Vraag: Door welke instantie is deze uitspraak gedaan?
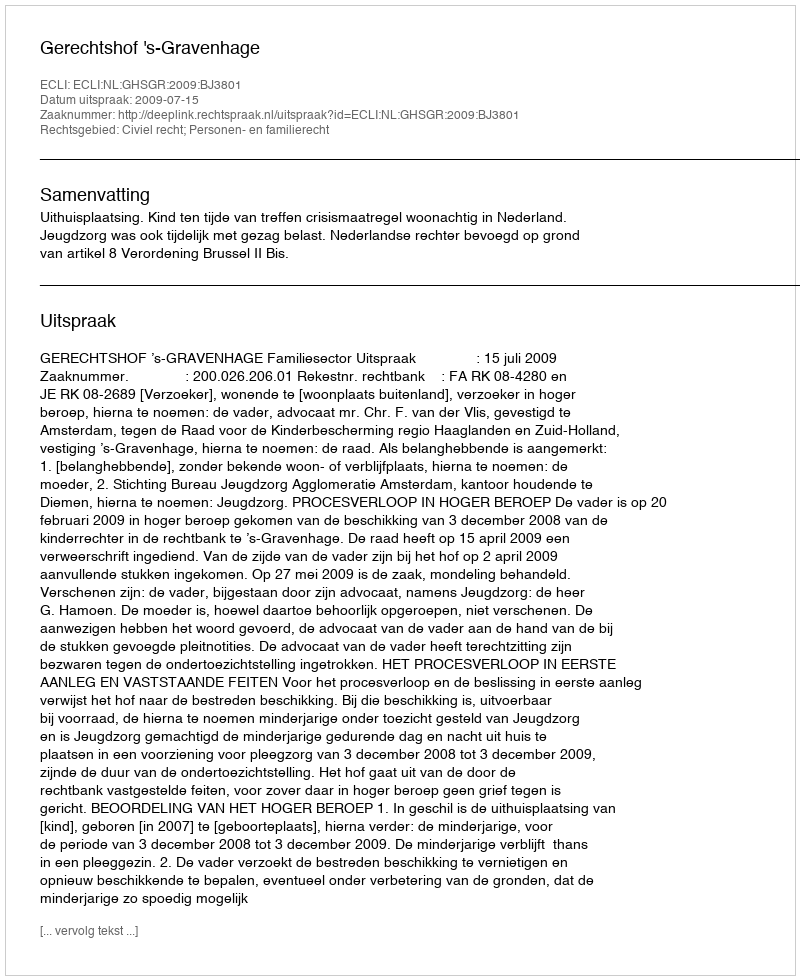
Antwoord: Gerechtshof 's-Gravenhage